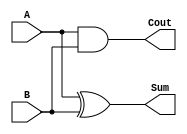
// Half adder implementation
module HalfAdder(A,B,Sum,Cout);
    input A,B;
    output Sum, Cout;

    assign Sum = A ^ B;
    assign Cout = A & B;
endmodule

module FullAdder (A,B,Cin,Sum,Cout);
    input A,B,Cin;
    output Sum,Cout;
    
    assign Sum = A ^ B ^ Cin; 
    assign Cout = ((A ^ B) & Cin) | (A & B); 
endmodule